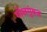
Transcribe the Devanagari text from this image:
गोलगुंबज